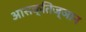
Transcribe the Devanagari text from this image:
आसक्तिज्ञान